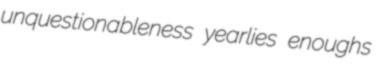
unquestionableness yearlies enoughs